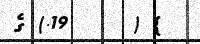
} (     19.) ގެ